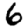
Digit: 6